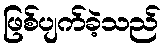
ဖြစ်ပျက်ခဲ့သည်